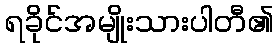
ရခိုင်အမျိုးသားပါတီ၏